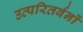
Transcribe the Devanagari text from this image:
उत्परितर्वनों